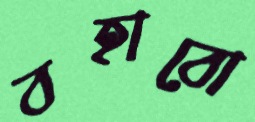
বহাবো